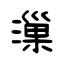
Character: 漅